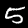
Digit: 5